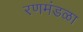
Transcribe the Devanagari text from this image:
रणमंडळा